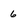
Character: 6